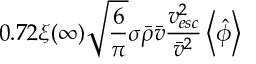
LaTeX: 0 . 7 2 \xi ( \infty ) \sqrt { \frac { 6 } { \pi } } \sigma \bar { \rho } \bar { v } \frac { v _ { e s c } ^ { 2 } } { \bar { v } ^ { 2 } } \left< \hat { \phi } \right>